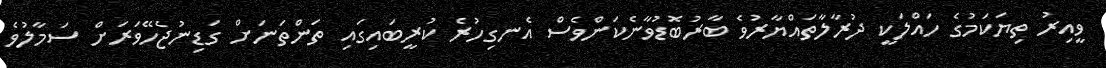
ވީއިރު ތިޔަކަމުގެ ހައްލަކީ ދުރާލާތައްޔާރުވެ ބާރުބޮޑުވާނެކަންވެސް އެނގިހުރެ ކުރީބައިގައި ތަންތަނަށް ގަޑިނުޖެހޭވަރަށް ސަމާލުވެ